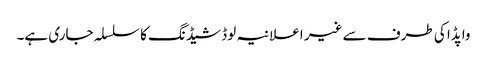
واپڈا کی طرف سے غیر اعلانیہ لوڈ شیڈنگ کا سلسلہ جاری ہے۔